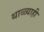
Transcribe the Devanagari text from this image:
थाळ्याही